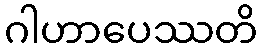
ဂါဟာပေဿတိ